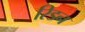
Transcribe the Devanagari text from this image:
रिडन